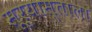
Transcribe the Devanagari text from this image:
सूर्यास्ताला